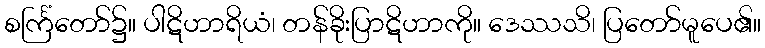
စင်္ကြံတော်၌။ ပါဋိဟာရိယံ၊ တန်ခိုးပြာဋိဟာကို။ ဒေဿသိ၊ ပြတော်မူပေ၏။